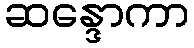
ဆန္ဒောကာ